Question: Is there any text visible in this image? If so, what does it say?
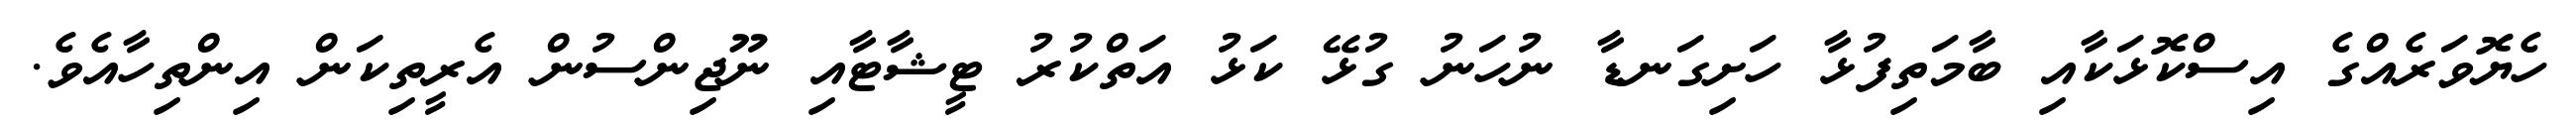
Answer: ހެޔޮވަރެއްގެ އިސްކޮޅަކާއި ބާމަތިފުޅާ ހަށިގަނޑާ ނުހަނު ގުޅޭ ކަޅު އަތްކުރު ޓީޝާޓާއި ނޫޖިންސުން އެރީތިކަން އިންތިހާއެވެ.